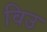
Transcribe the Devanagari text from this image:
विउ